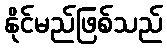
နိုင်မည်ဖြစ်သည်